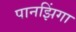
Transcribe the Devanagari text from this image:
पानझिंगा